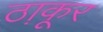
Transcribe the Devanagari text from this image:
ठा़कूर